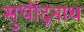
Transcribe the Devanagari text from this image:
सुधींद्रनाथ